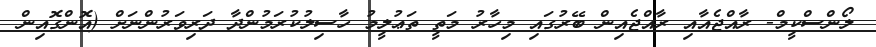
ލޯންސްކީމް- ރާއްޖެއާއި ރާއްޖެއިން ބޭރުގައި މިހާރު މަތީ ތަޢުލީމު ހާސިލުކުރަމުންދާ ދަރިވަރުންނަށް (އޮންގޮއިން